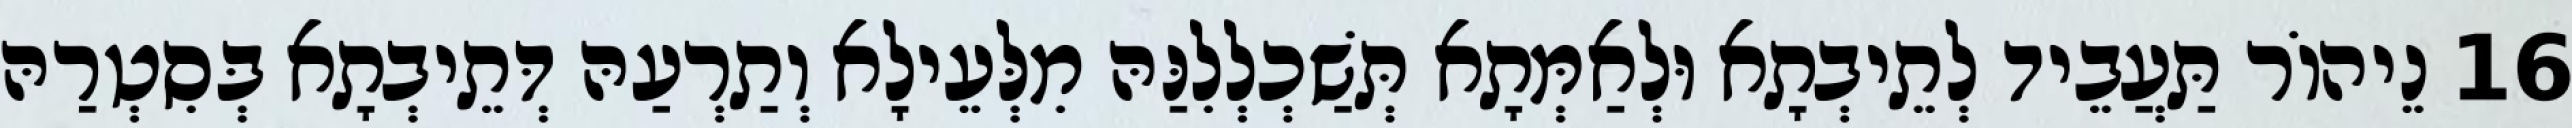
16 נֵיהוֹר תַּעֲבֵיד לְתֵיבְתָא וּלְאַמְּתָא תְּשַׁכְלְלִנַּהּ מִלְּעֵילָא וְתַרְעַהּ דְּתֵיבְתָא בְּסִטְרַהּ